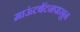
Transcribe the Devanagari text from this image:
माऊंटबॅटनपासून